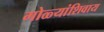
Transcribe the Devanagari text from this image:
गोळ्यांशिवाय